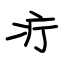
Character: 疔